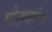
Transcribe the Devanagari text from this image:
गोठ्यांना